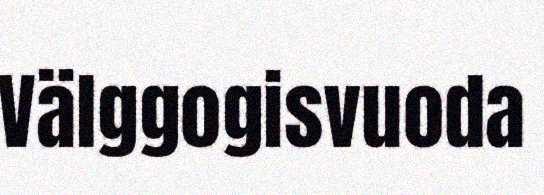
Välggogisvuoda